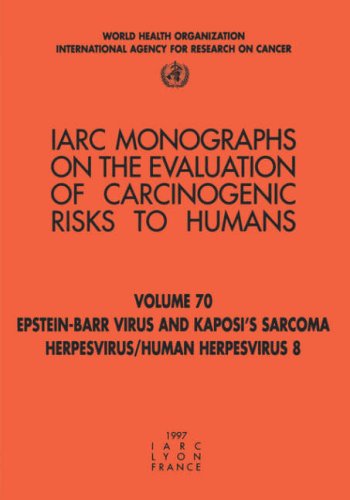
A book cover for Epstein-Barr Virus and Kaposi's Sarcoma Herpes Virus/Human Herpesvirus 8 (IARC Monographs on the Evaluation of the Carcinogenic Risks to Humans); The International Agency for Research on Cancer; Health, Fitness & Dieting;